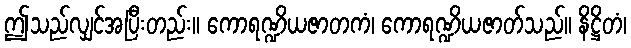
ဤသည်လျှင်အပြီးတည်း။ ကောရဏ္ဍိယဇာတကံ၊ ကောရဏ္ဍိယဇာတ်သည်။ နိဋ္ဌိတံ၊